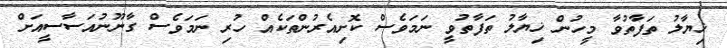
ޚިޔާލު ތަފާތުވާ މީހުން ޚިޔާލު ތަފާތުވީ ނަމަވެސް ކޮށިއެރުންތަކެއް ހުރި ނަމަވެސް ގާނޫނުއަސާސީއަށް